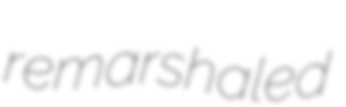
remarshaled